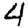
Digit: 4